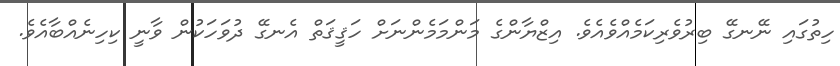
ހިތުގައި ނޭނގޭ ބިރުވެރިކަމެއްވެއެވެ. އިޒްޔާންގެ މަންމަމެންނަށް ހަޤީޤަތް އެނގޭ ދުވަހަކުން ވާނީ ކިހިނެއްބާއެވެ.